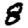
Digit: 8